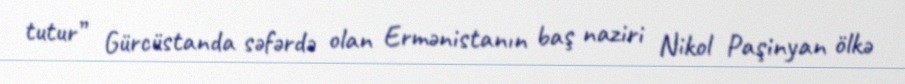
tutur” Gürcüstanda səfərdə olan Ermənistanın baş naziri Nikol Paşinyan ölkə